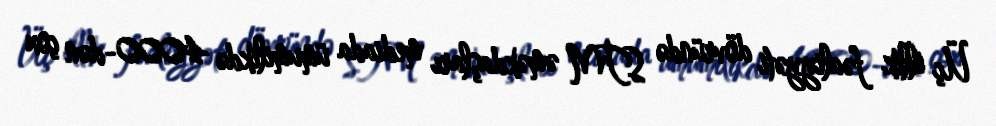
Üç illik fəaliyyəti dövründə STM əməkdaşları mediada ümumilikdə 4000-dən çox